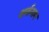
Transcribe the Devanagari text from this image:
शर्वनाग